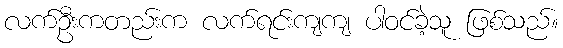
လက်ဦးကတည်းက လက်ရင်းကျကျ ပါဝင်ခဲ့သူ ဖြစ်သည်။